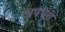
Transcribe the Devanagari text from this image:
अपभ्ंश